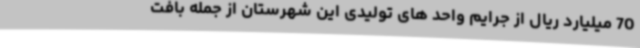
70 میلیارد ریال از جرایم واحد های تولیدی این شهرستان از جمله بافت